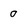
Character: 0